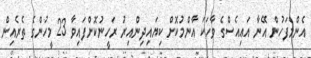
އެންމެފަހުން އޭނާ އައިއެސްގެ ވާހަކަ އާންމުކޮށް ކިޔައިދިންއިރު ރަހީނުކޮށްފައިވާ 23 މީހުންގެ ތެރެއިން